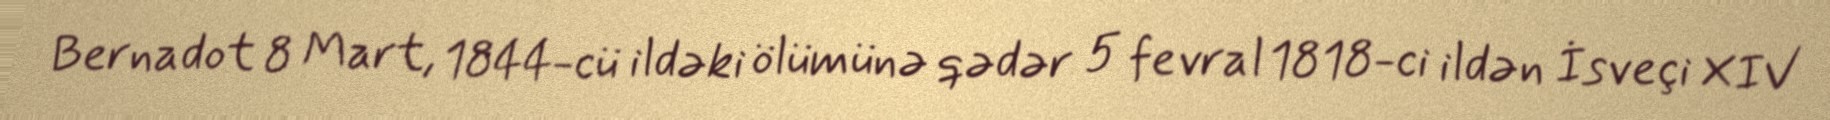
Bernadot 8 Mart, 1844-cü ildəki ölümünə qədər 5 fevral 1818-ci ildən İsveçi XIV